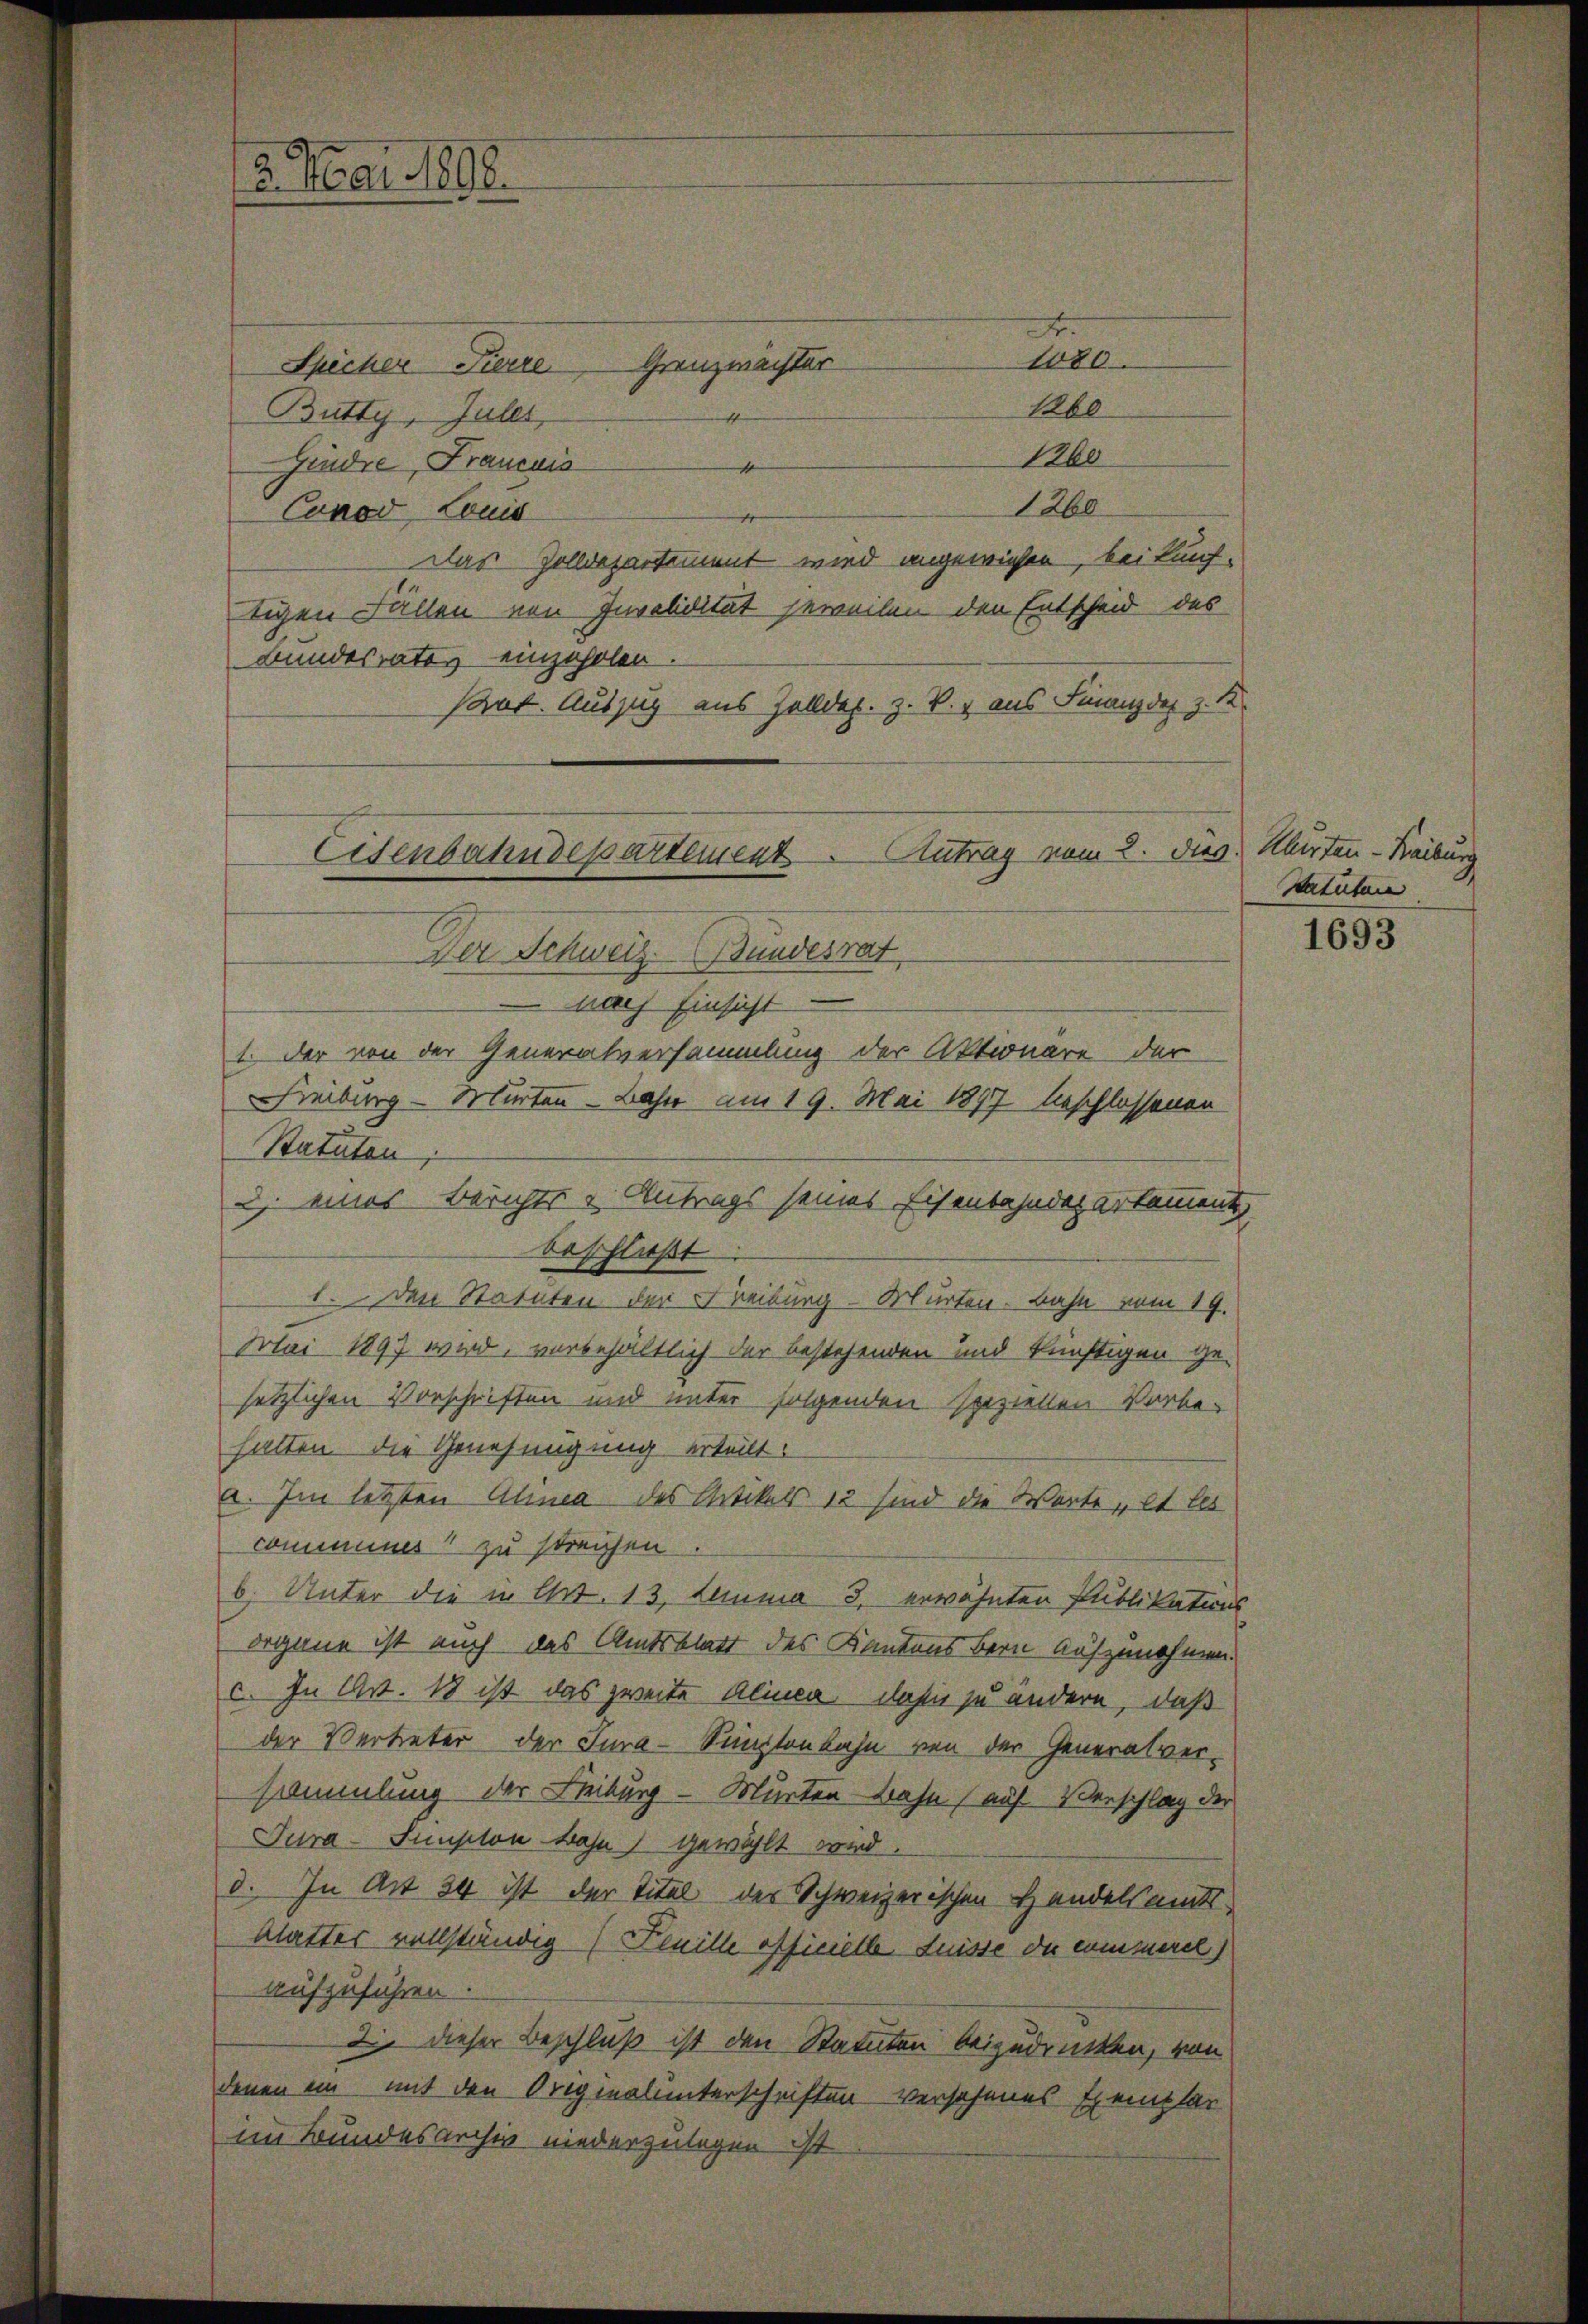
2. Mai 1898.

1080
Spicher Pierre Grenzmächter
160
Butty, Juler,
Abe
Gindre, Francois
4
1260
Conoo Louis
Das Zolldepartiment wird angewiesen, bei künf-
tigen Fällen von Invabilität jeweilen den Entscheid des
Bundesrates einzuholen
Pot. Auszug aus Zolldep. z. B. aus Finanz des z. K.
Der Schweiz. Bundesrat
 nach Einsicht
1. Der von der Generalversammlung der Aktionare der
Freiburg - Murten - Bahn am 19. Mai 1897 beschlossenen
Statuten
u eines Berichts & Antrags seines Eisenbahndepartament
beschlaßt
1. Den Statuten der Freiburg - Murten. Bahn vom 19.
Mai 1897 wird, vorbehältlich der bestehenden und künftigen ge-
setzlichen Vorschriften und unter folgenden speziellen Vorbe-
halten die Genehmigung erteilt.
E. Im letzten Alinea des Artikels 12 sind die Worte „et les
commines zu streichen
b. Unter die in Art. 13. Lemma 3. erwähnten Publikations
organe ist auch das Amtsblatt des Kantons Bern Aufzunehmen.
c. In Art. 18 ist das zweite Alinca dahin zu ändern, daß
der Vertreter der Jura-Simztonbahn von der Generalversammlung der Leiburg - Murten-Bahn (auf Verschlag der
Tura-Sumpton Bahn gewählt wird.
d. In Art 24 ist der Titel der Schweizerischen Handelsamts
blatter vollständig (Lenille officielle fuisse du commerel)
aufzuführen.
Die dieser Beschluß ist den Statuten beizudrücken, von
denen ein mit den Originalunterschriften versehenes Exemplar
im Bundesarchiv niederzulegen ist

Eisenbahndepartement. Antrag vom 2. dies

Klirten-Freiburg
Statutar

1693